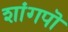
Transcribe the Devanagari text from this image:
शांगपॊ